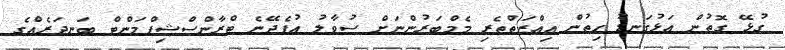
ގުޅޭ ގޮތުން އަޅުގަނޑު ހިތުން އިއްޒަތްތެރި މެމްބަރުންނަަށް ސުވާލު އުފެދޭނެ ޓްރާންސްޝިޕްމަންޓް ބަނދަރެއްގެ